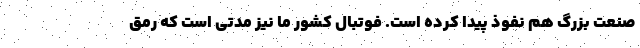
صنعت بزرگ هم نفوذ پیدا کرده است. فوتبال کشور ما نیز مدتی است که رمق